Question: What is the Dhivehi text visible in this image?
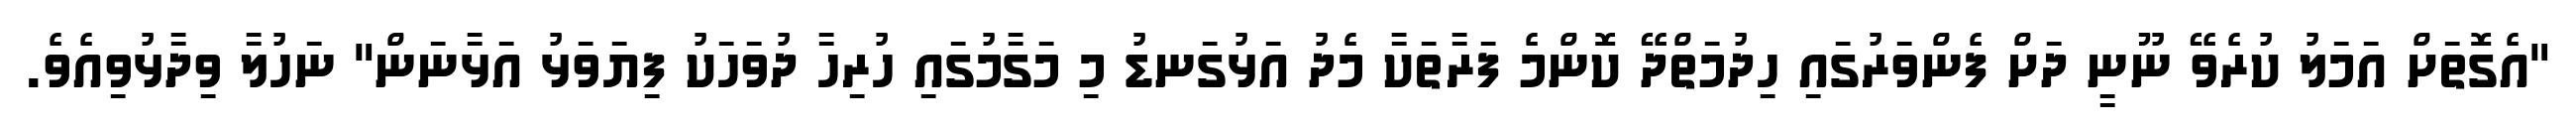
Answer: "އެގޮތަށް އަމަލު ކުރެވޭ ނޫނީ ދަށް ފެންވަރުގައި ހިދުމަތްދޭ ކޮންމެ ފަރާތަކާ މެދު އަޅުގަނޑު މި މަގާމުގައި ހުރިހާ ދުވަހަކު ފިޔަވަޅު އަޅާނަން" ނަހުލާ ވިދާޅުވިއެވެ.